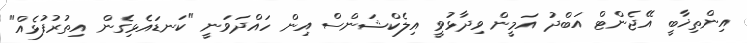
އިންތިޚާބީ އޭޖެންޓް އަބްދު އަމީން ވިދާޅުވީ އިލެކްޝަންސް އިން ހައްދަވަނީ "ކަނޑައެޅިގެން އިތުރުފުޅެއް"